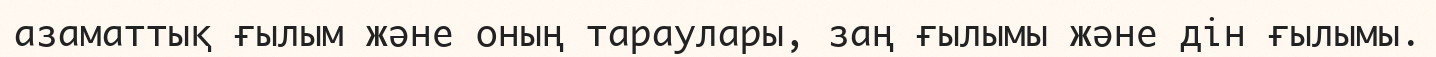
азаматтық ғылым және оның тараулары, заң ғылымы және дін ғылымы.